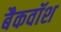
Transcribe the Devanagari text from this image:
बैकवॉश